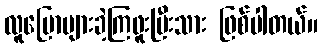
လူပြောများခဲ့ကြဖူးပြီးသား ဖြစ်ပါတယ်။